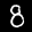
Label: 8